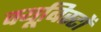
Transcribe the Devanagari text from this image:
क्यूबिस्टों